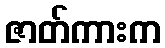
ဇာတ်ကားက